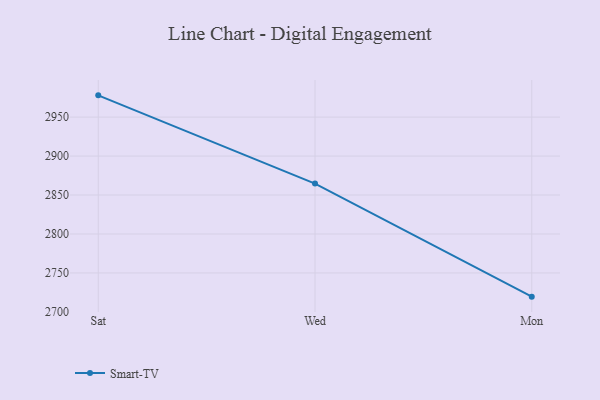
{"axis": {"x": "Day", "y": "LTV (USD)"}, "legend": ["Smart-TV"], "data": [{"x": "Sat", "y": 2977.9, "type": "Smart-TV"}, {"x": "Wed", "y": 2864.7, "type": "Smart-TV"}, {"x": "Mon", "y": 2719.6, "type": "Smart-TV"}]}